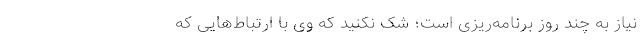
نیاز به چند روز برنامه‌ریزی است؛ شک نکنید که وی با ارتباط‌هایی که